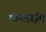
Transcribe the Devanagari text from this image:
मानहाईम